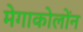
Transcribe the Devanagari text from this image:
मेगाकोलोंन